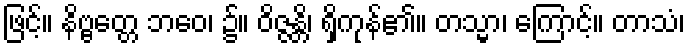
ဖြင့်။ နိဗ္ဗတ္တေ ဘဝေ၊ ၌။ ဝိဇ္ဇန္တိ၊ ရှိကုန်၏။ တသ္မာ၊ ကြောင့်။ တာသံ၊